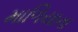
માળિયાના